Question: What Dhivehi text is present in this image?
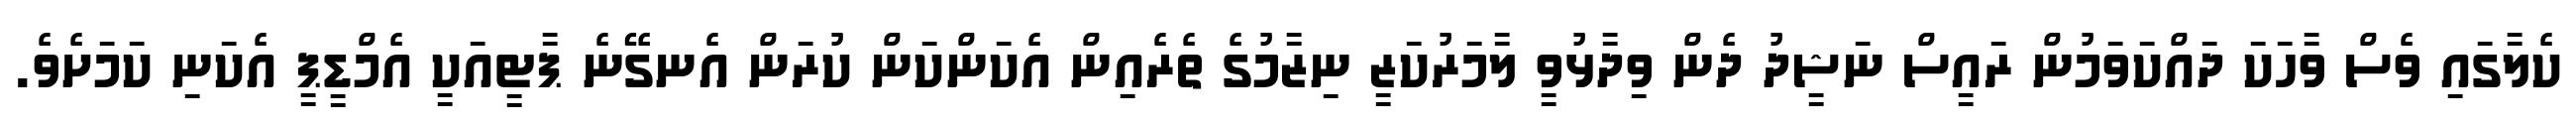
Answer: ކެލާގައި ވެސް ވާހަކަ ދައްކަވަމުން ރައީސް ނަޝީދު ދެން ވިދާޅުވީ ލާމަރުކަޒީ ނިޒާމުގެ ތެރެއިން އެކަންކަން ކުރަން އެނގޭނެ ޕާޓީއަކީ އެމްޑީޕީ އެކަނި ކަމަށެވެ.